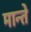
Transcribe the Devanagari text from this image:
मान्ते